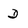
Character: D